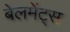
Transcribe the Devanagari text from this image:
बेलमेंट्स